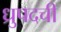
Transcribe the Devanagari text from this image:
ध्रुपदची